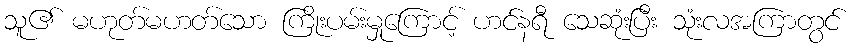
သူ၏ မဟုတ်မဟတ်သော ကြိုးပမ်းမှုကြောင့် ဟင်နရီ သေဆုံးပြီး သုံးလအကြာတွင်